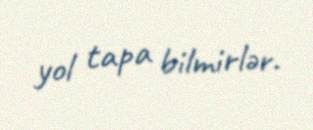
yol tapa bilmirlər.